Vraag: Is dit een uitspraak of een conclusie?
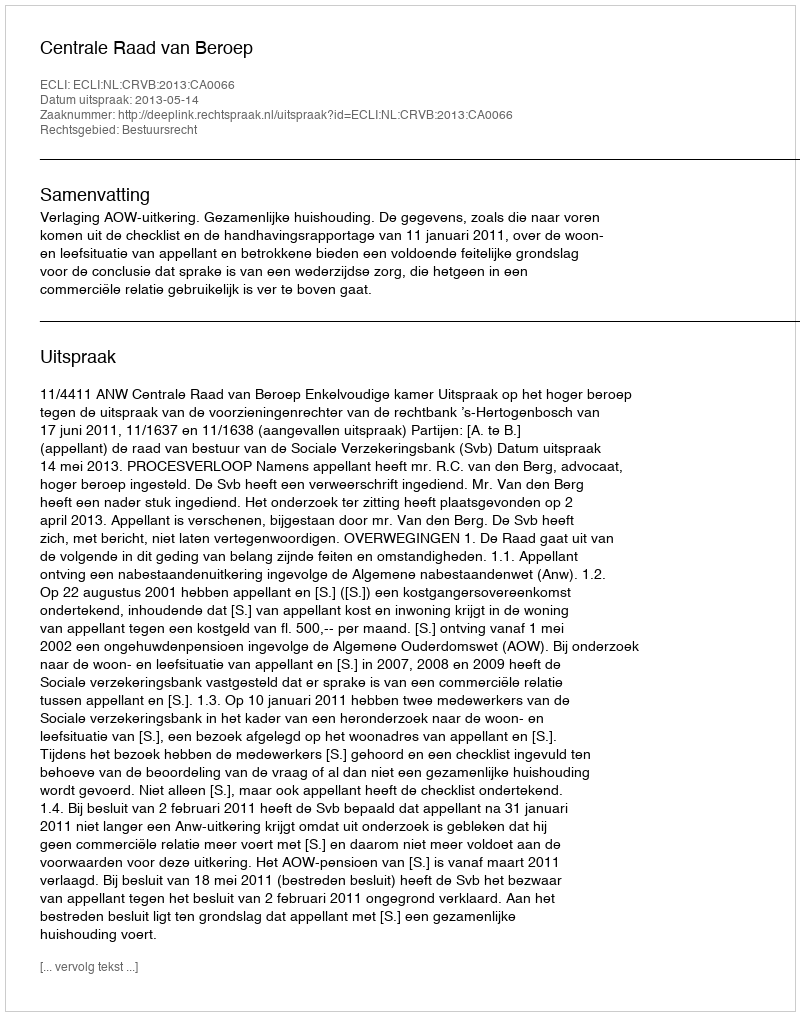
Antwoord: Uitspraak